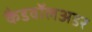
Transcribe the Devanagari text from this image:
कैडवॉलअडर